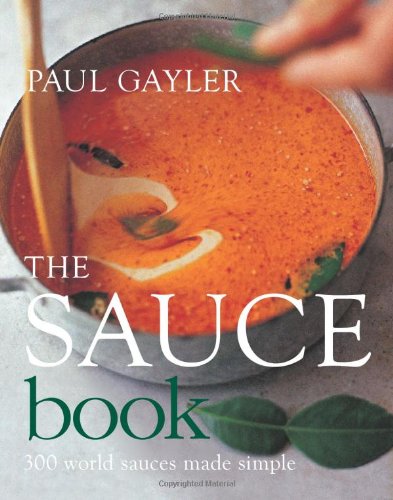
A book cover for The Sauce Book: 300 World Sauces Made Simple; Paul Gayler; Cookbooks, Food & Wine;